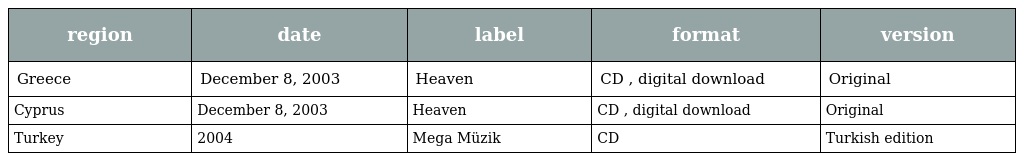
| region | date | label | format | version |
 | --- | --- | --- | --- | --- |
 | Greece | December 8, 2003 | Heaven | CD , digital download | Original |
 | Cyprus | December 8, 2003 | Heaven | CD , digital download | Original |
 | Turkey | 2004 | Mega Müzik | CD | Turkish edition |